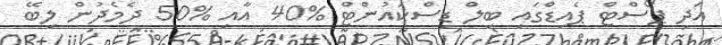
އަދި ޕޯސްޓް ޕެއިޑްގައި ބިލް ޑިސްކައުންޓް %40 އާއި %50 ދެމެދުން ލިބޭ